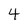
Character: 4